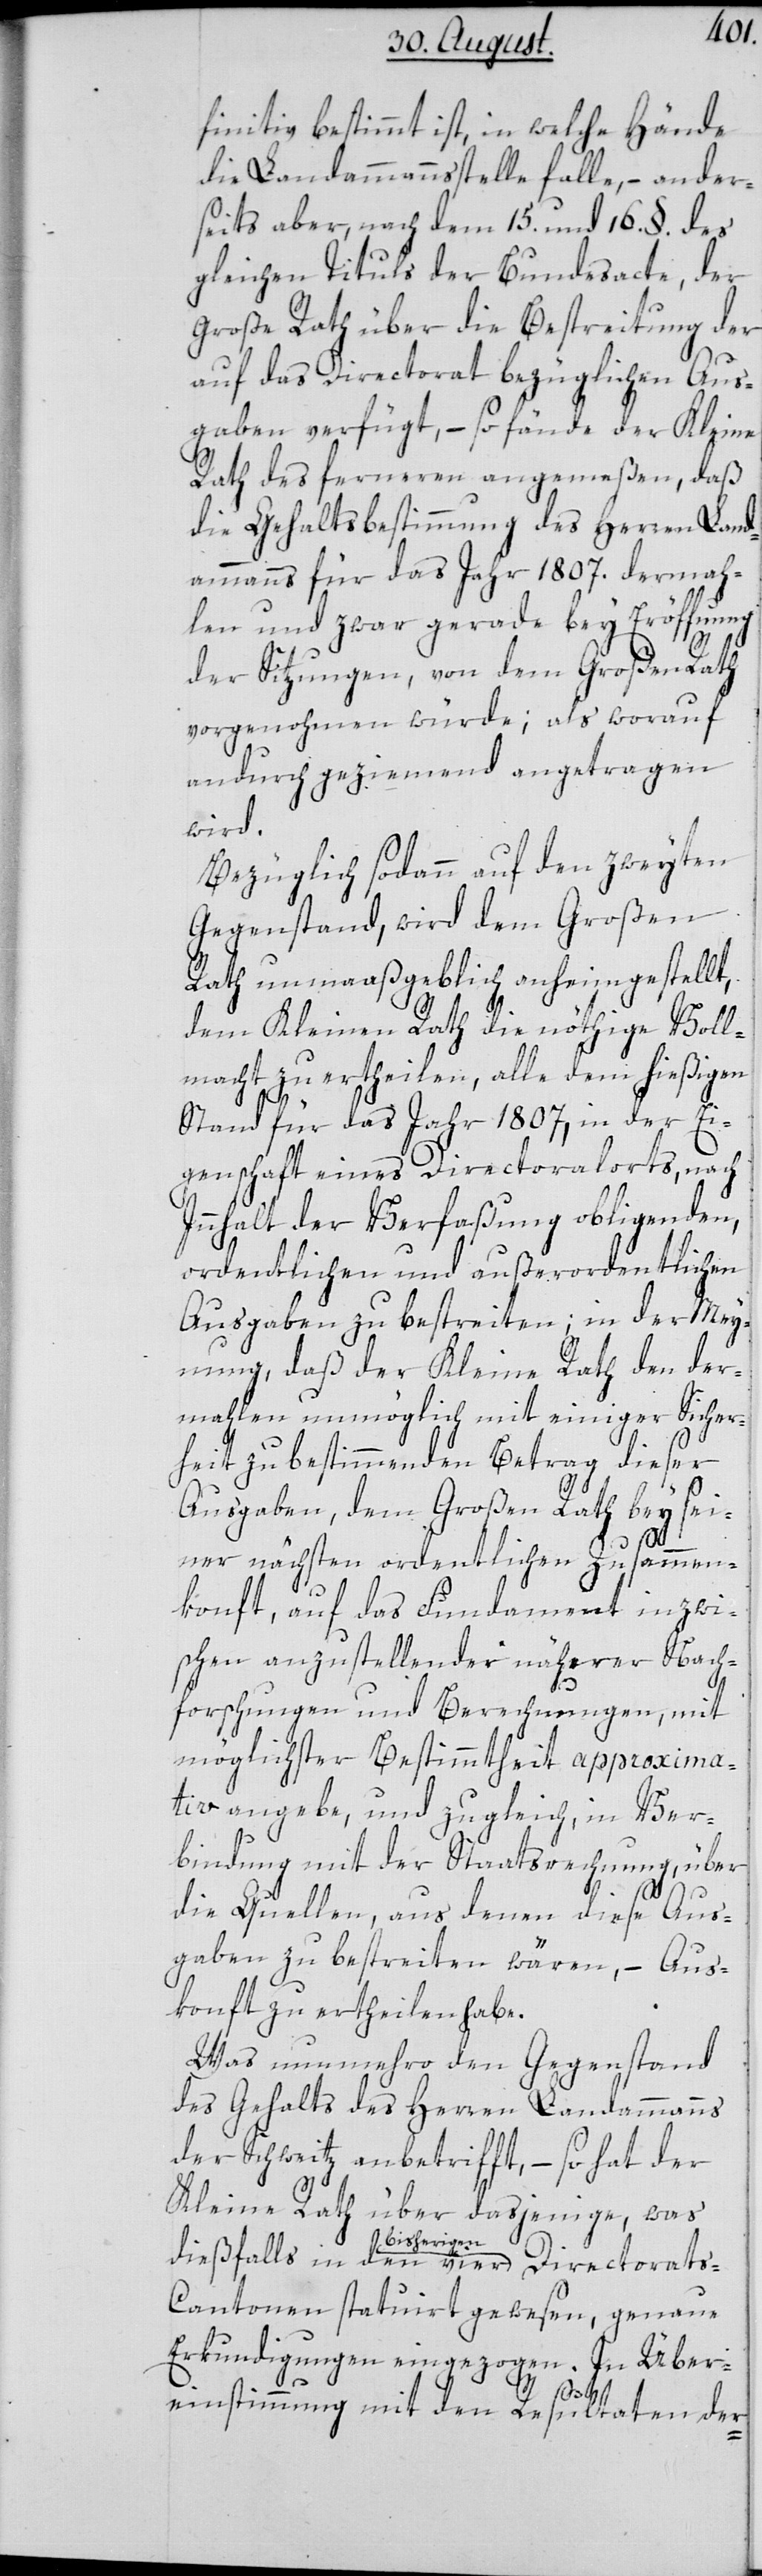
finitiv bestimmt ist, in welche Hände
die Landammannstelle falle, – ander¬
seits aber, nach dem 15. und 16. §. des
gleichen Tituls der Bundesacte, der
Große Rath über die Bestreitung der
auf das Directorat bezüglichen Aus¬
gaben verfügt, – so fände der Kleine
Rath des ferneren angemeßen, daß
die Gehaltsbestimmung des Herren Land¬
ammanns für das Jahr 1807. Dermah¬
len und zwar gerade bey Eröffnung
der Sitzungen, von dem Großen Rath
vorgenohmen würde; als worauf
andurch geziemend angetragen
wird.
Bezüglich sodann auf den zweyten
Gegenstand, wird dem Großen
Rath unmaaßgeblich anheimgestellt,
dem Kleinen Rath die nöthige Voll¬
macht zu ertheilen, alle dem hießigen
Stand für das Jahr 1807, in der Ei¬
genschaft eines Directoralorts, nach
Innhalt der Verfaßung obligenden,
ordentlichen und außerordentlichen
Ausgaben zu bestreiten, in der Mey¬
nung, daß der Kleine Rath den der¬
mahlen unmöglich mit einiger Sicher¬
heit zu bestimmenden Betrag dieser
Ausgaben, dem Großen Rath bey sei¬
ner nächsten ordentlichen Zusammen¬
konft, auf das Fundament inzwi¬
schen anzustellender näherer Nach¬
forschungen und Berechnungen, mit
möglichster Bestimmtheit approxima¬
tiv angebe, und zugleich, in Ver¬
bindung mit der Staatsrechnung, über
Dire¬
die Quellen, aus denen diese Aus¬
gaben zu bestreiten wären, – Aus¬
konft zu ertheilen habe.
Was nunmehro den Gegenstand
des Gehalts des Herren Landammanns
der Schweitz anbetrifft, – so hat der
Kleine Rath über dasjenige, was
bisherigen
antonen statuiert gewesen, genaue
Erkundigungen eingezogen. In Über¬
ctorats-C¬
einstimmung mit den Resultaten der-